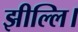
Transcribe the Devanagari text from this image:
झील्‍लि।